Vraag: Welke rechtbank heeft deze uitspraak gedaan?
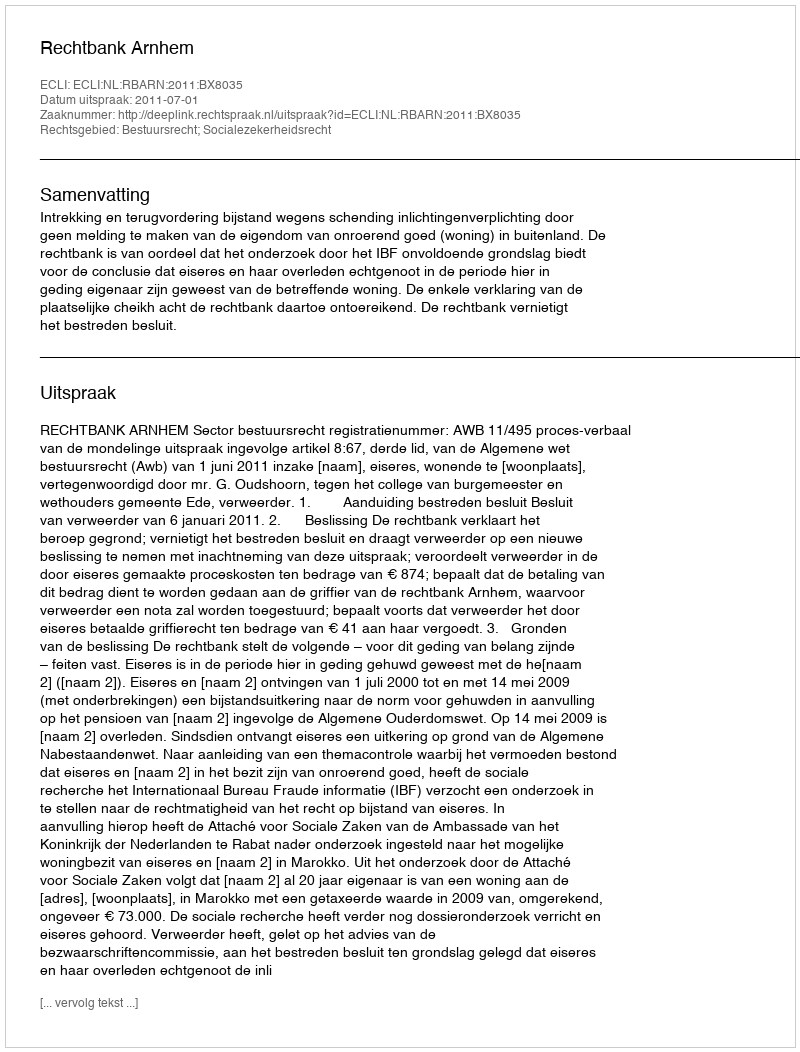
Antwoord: Rechtbank Arnhem